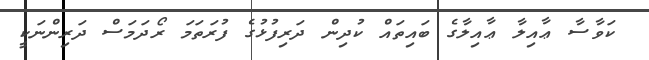
ކަވާސާ ޢާއިލާ ޢާއިލާގެ ބައިތައް ކުދިން ދަރިފުޅުގެ ފުރަތަމަ ރޯދަމަސް ދަރިންނަކީ